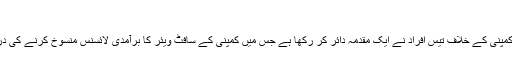
‘‘
اسرائیل میں بھی اس کمپنی کے خلاف تیس افراد نے ایک مقدمہ دائر کر رکھا ہے جس میں کمپنی کے سافٹ ویئر کا برآمدی لائسنس منسوخ کرنے کی درخواست کی گئی ہے۔